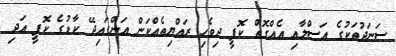
ސަނަދުތަކުގެ އަސްލާއި އެއްގޮތް ކޮޕީ ދިވެހި ރައްޔިތެއްކަން އަންގައިދޭ ކާޑުގެ ކޮޕީ އަދި